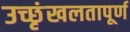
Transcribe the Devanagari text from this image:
उच्छृंखलतापूर्ण